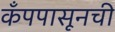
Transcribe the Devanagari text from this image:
कँपपासूनची